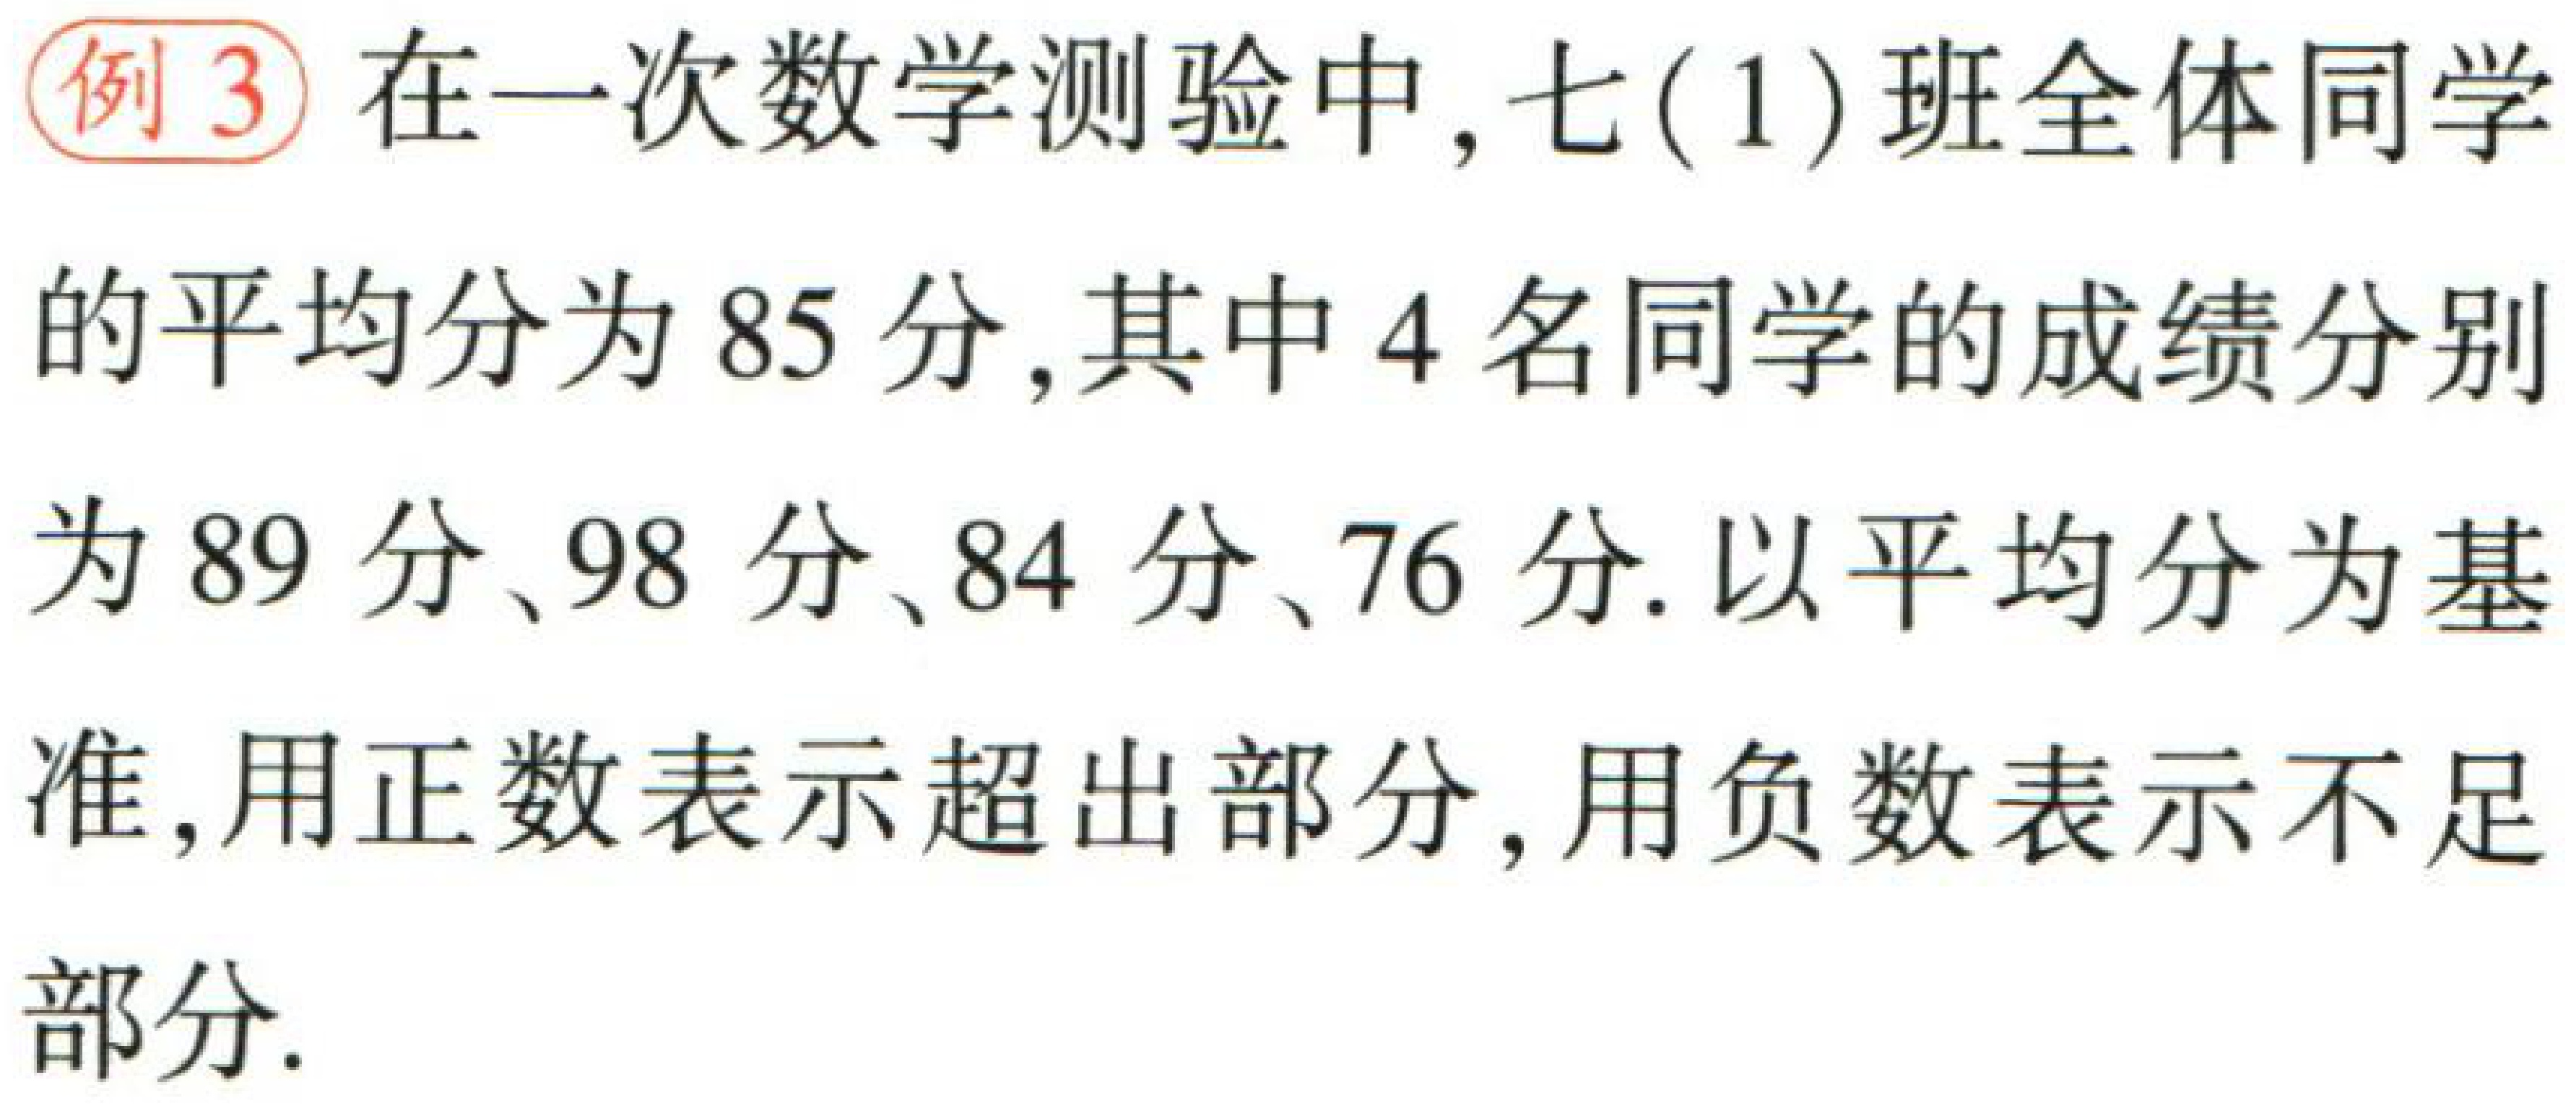
例3 在一次数学测验中, 七(1)班全体同学的平均分为85分, 其中4名同学的成绩分别为89分、98分、84分、76分. 以平均分为基准, 用正数表示超出部分, 用负数表示不足部分.